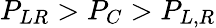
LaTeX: P_{LR}>P_{C}>P_{L,R}